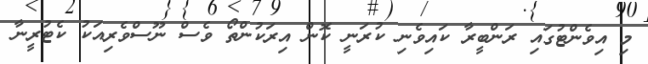
މި އިވެންޓުގައި ރަންބީރާ ކައިވެނި ކުރަނީ ކޮން އިރަކުންތޯ ވެސް ނޫސްވެރިއަކު ކެޓުރީނާ